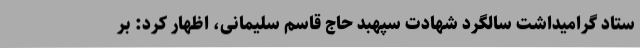
ستاد گرامیداشت سالگرد شهادت سپهبد حاج قاسم سلیمانی، اظهار کرد: بر